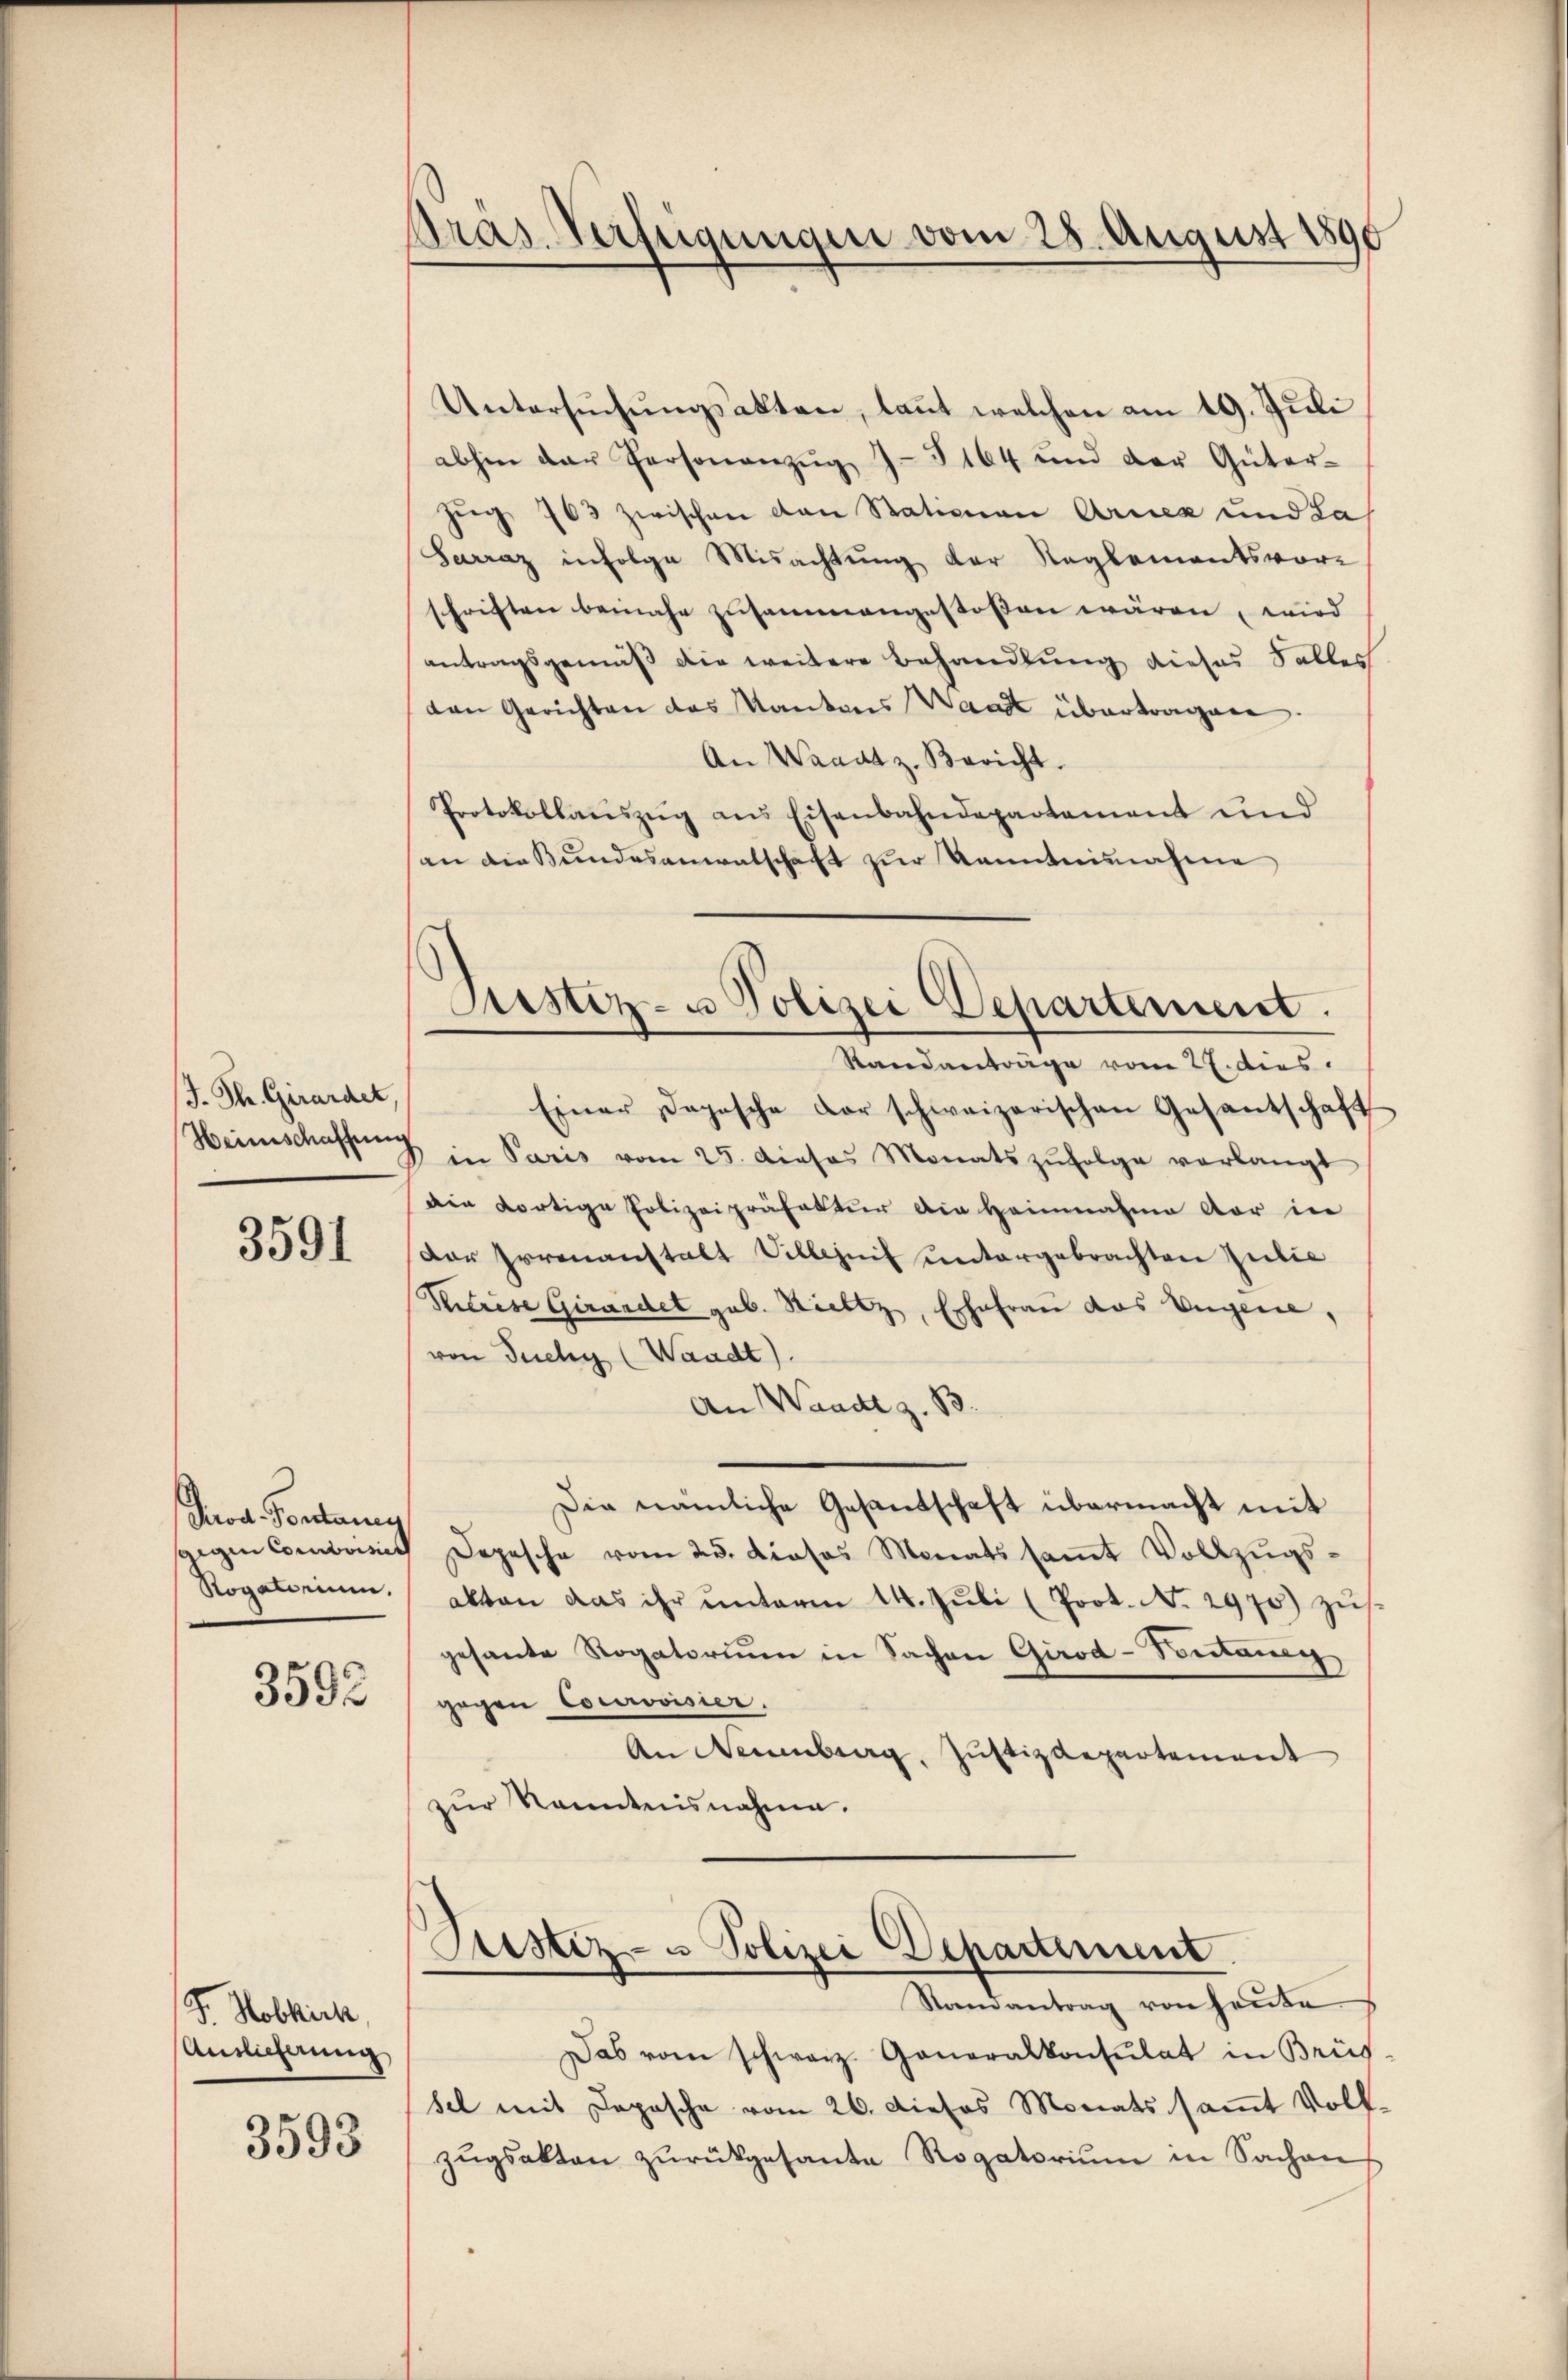
J. Th. Girardet,
Heimschaffung

3591

Prod. Pontany
gegen Conclusier
Rogatorium.
3592

F. Hobkich
Ansicherung
3593

Präs. Verfügungen vom 28. August 1890

Astiz- u Polizei Departement.
Randanträge vom 27. dies

Untersŭchŭngsakten, laut welchen am 19. Jŭli
abhin der Personanzŭg J.5164 und der Güter-
zŭg 763 zwischen von Stationen Arnex und La
Sarraz infolge Misachtung der Reglementsvor-
schriften beinahe zusammengestossen wären, wird
antragsgemäß die weitere Behandlung dieser Falles
den Gerichten des Kantons Waadt übertragen.
An Waadt z. Bericht.
Protokollaŭszŭg ans Eisenbahndepartement und
an die Bundesanwalschaft zur Kenntnisnahme
Einer Dopische der schweizerischen Gesantschaft
8 in Paris vom 25. dieses Monats zŭfolge verlangt
Die dortige Polizeipräfektur die Heinnahme vor in
der Irrenanstalt Villezeit untergebrachten Julie
Titrese Girardet geb. Sticktz, Ehefrau das Ungere,
von Tuchy (Waadt).
An Waadt z. B.
Die nämliche Gesandschaft übermacht mit
Depesche vom 25. Dieses Monats saṁt Vollzŭgs-
akten das ihr unterm 14. Juli (Prot. No. 2970) zus
gesante Rogatorium in Sachen Girod-Sontaneg
gegen Courovisier.
An Neuenburg, Justizdepartement
zur Kenntnisnahme.
Sistiz- u Polizei Departement
Randantrag von heute.
Das vom schweiz. Generalkonsulat in Brüs
sel mit Depesche vom 26. Dieses Monats samt Volk
zŭgsakten zŭrückgesante Rogatorium in Sachen